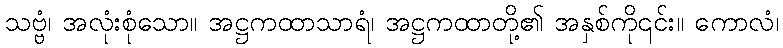
သဗ္ဗံ၊ အလုံးစုံသော။ အဋ္ဌကထာသာရံ၊ အဋ္ဌကထာတို့၏ အနှစ်ကို၎င်း။ ကောလံ၊